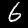
Digit: 6